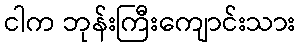
ငါက ဘုန်းကြီးကျောင်းသား